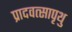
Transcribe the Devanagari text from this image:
प्रादवत्सापृथु